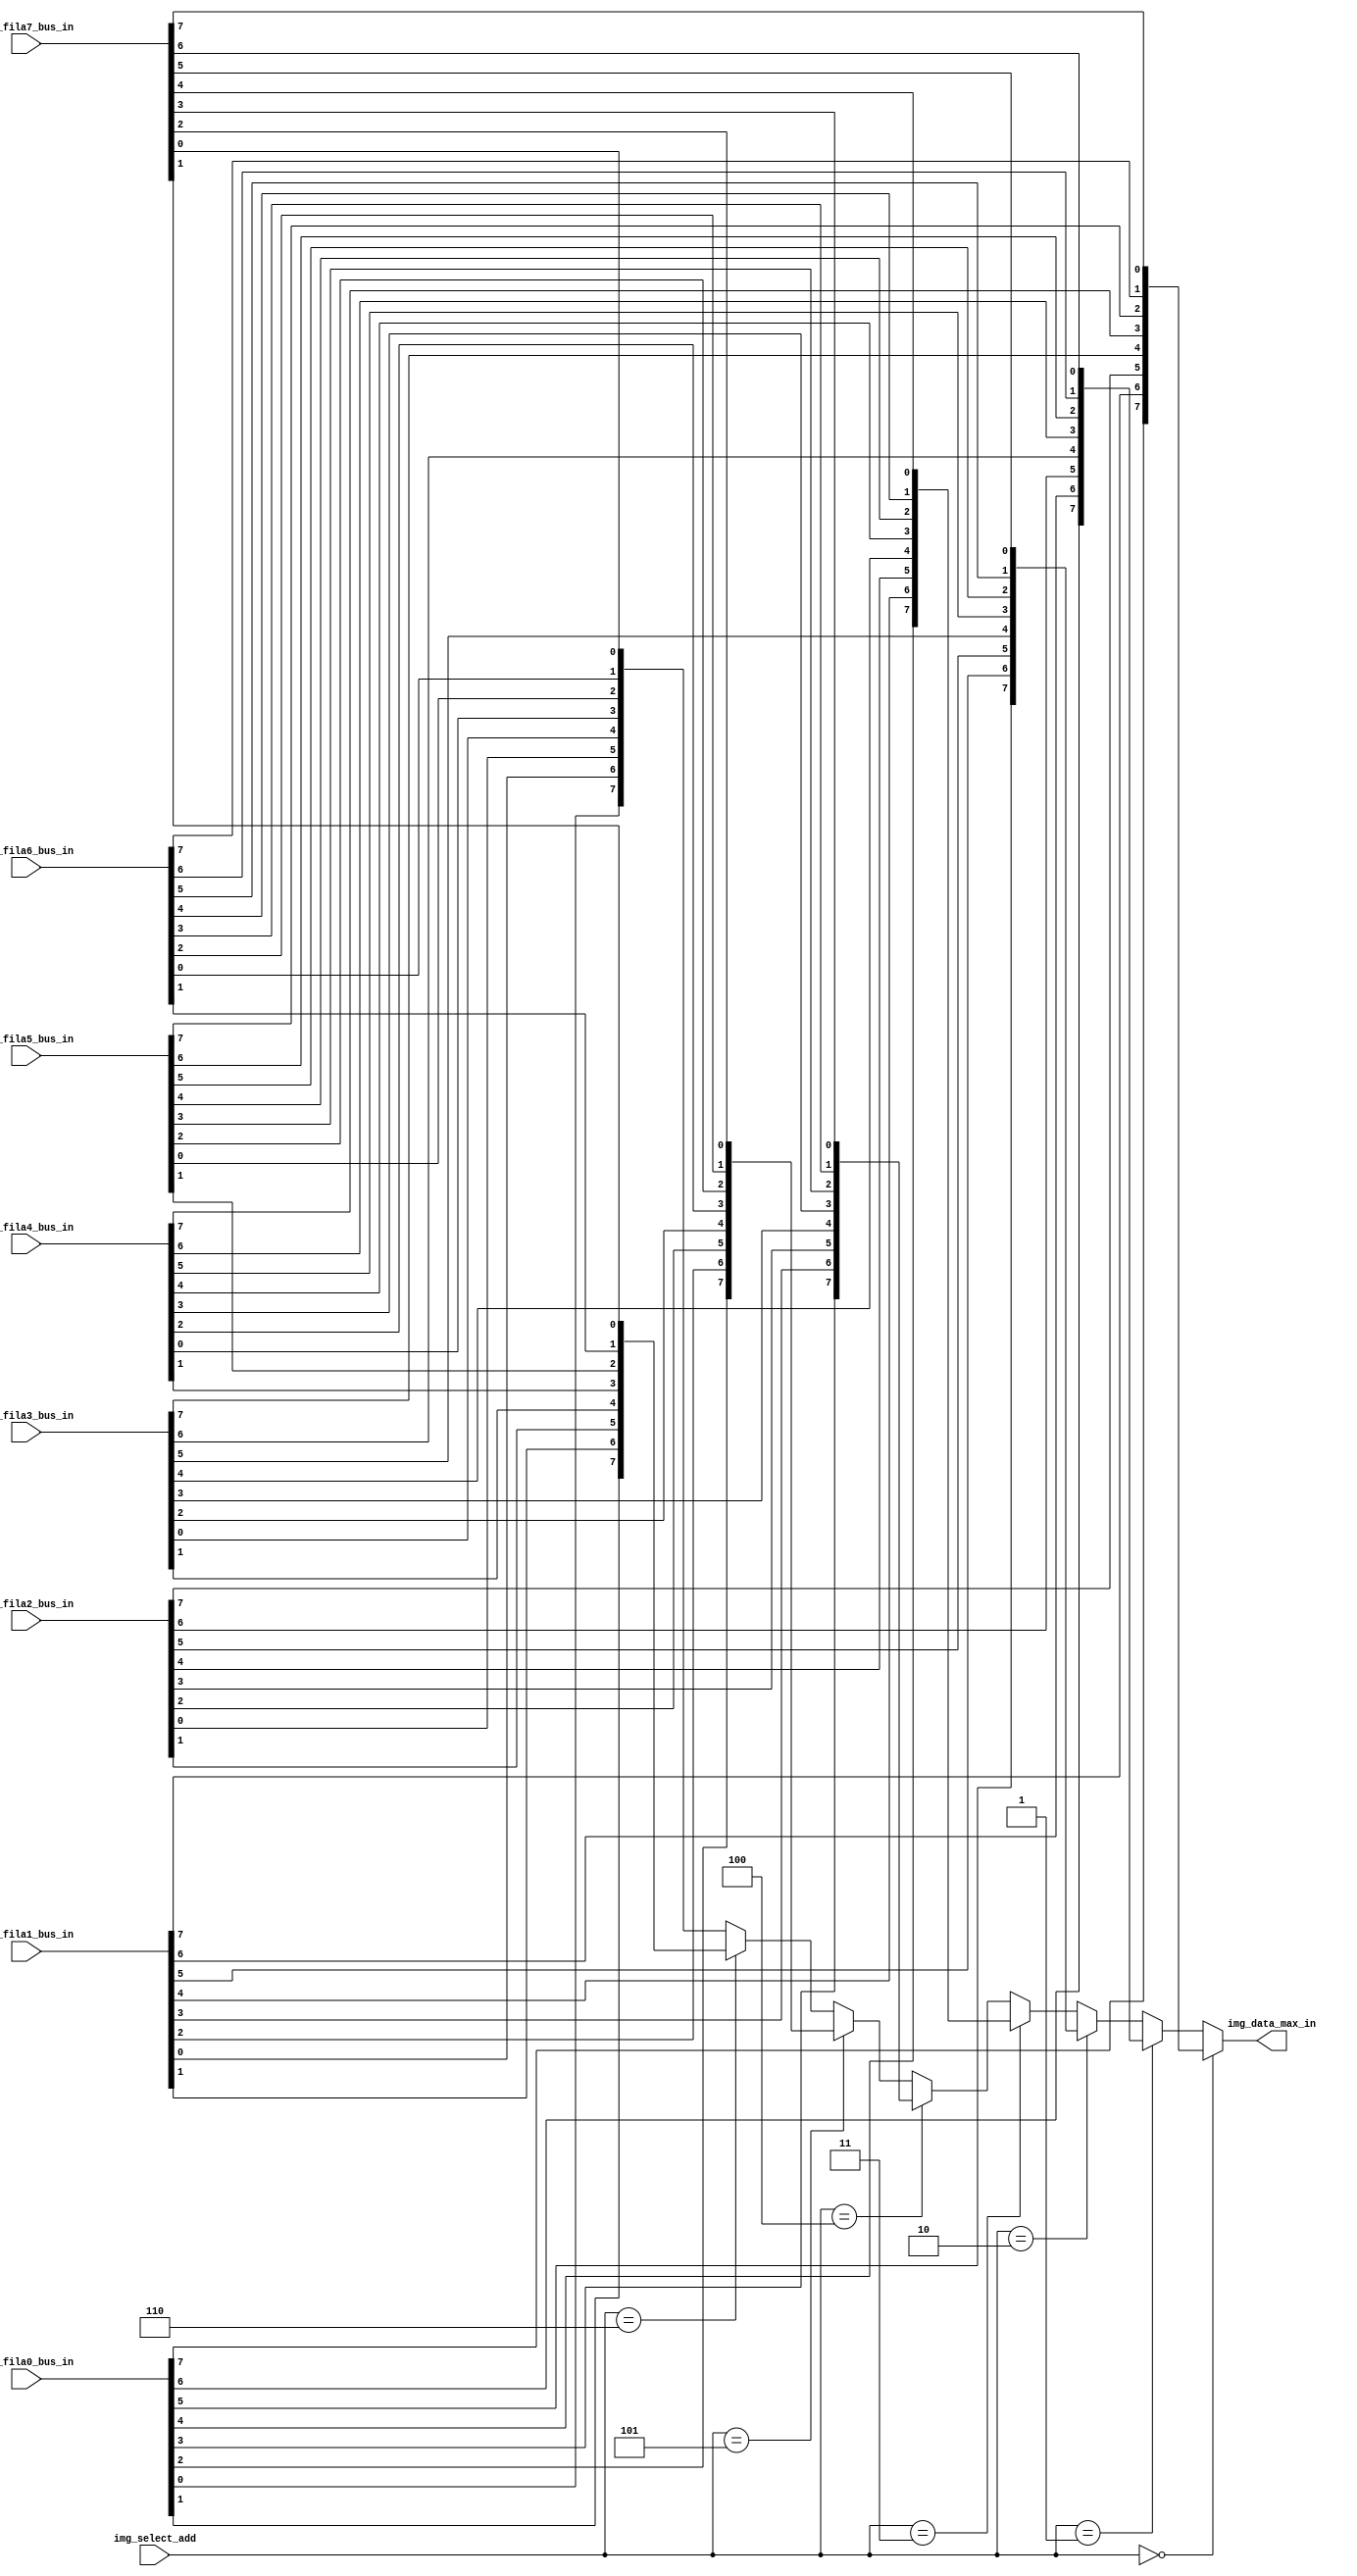
/*
Universidad de los Andes
Departamento Ingeniera Elctrica y Electrnica
Arquitectura y Diseo de Sistemas Digitales

Mdulo imagen FPGA - Max7219

Autor:Jos Francisco Molano Pulido (jf.molano1587@uniandes.edu.co)
*/

//=======================================================
//  MODULE Definition
//=======================================================
module IMAGEN
(
	img_select_add,
	
	img_fila7_bus_in,
	img_fila6_bus_in,
	img_fila5_bus_in,
	img_fila4_bus_in,
	img_fila3_bus_in,
	img_fila2_bus_in,
	img_fila1_bus_in,
	img_fila0_bus_in,
	
	img_data_max_in
);

//=======================================================
//  PARAMETER declarations
//=======================================================

//=======================================================
//  PORT declarations
//=======================================================

input [7:0]	img_fila7_bus_in;
input	[7:0] img_fila6_bus_in;
input	[7:0] img_fila5_bus_in;
input	[7:0] img_fila4_bus_in;
input	[7:0] img_fila3_bus_in;
input	[7:0] img_fila2_bus_in;
input	[7:0] img_fila1_bus_in;
input	[7:0] img_fila0_bus_in;

input wire [2:0] img_select_add;
output wire [7:0] img_data_max_in;

//=======================================================
//  REG/WIRE declarations
//=======================================================

//=======================================================
//  Structural coding
//=======================================================
																  
assign img_data_max_in = (img_select_add==3'b000)?{img_fila0_bus_in[7],img_fila1_bus_in[7],img_fila2_bus_in[7],img_fila3_bus_in[7],img_fila4_bus_in[7],img_fila5_bus_in[7],img_fila6_bus_in[7],img_fila7_bus_in[7]}:
					          (img_select_add==3'b001)?{img_fila0_bus_in[6],img_fila1_bus_in[6],img_fila2_bus_in[6],img_fila3_bus_in[6],img_fila4_bus_in[6],img_fila5_bus_in[6],img_fila6_bus_in[6],img_fila7_bus_in[6]}:
					          (img_select_add==3'b010)?{img_fila0_bus_in[5],img_fila1_bus_in[5],img_fila2_bus_in[5],img_fila3_bus_in[5],img_fila4_bus_in[5],img_fila5_bus_in[5],img_fila6_bus_in[5],img_fila7_bus_in[5]}:
					          (img_select_add==3'b011)?{img_fila0_bus_in[4],img_fila1_bus_in[4],img_fila2_bus_in[4],img_fila3_bus_in[4],img_fila4_bus_in[4],img_fila5_bus_in[4],img_fila6_bus_in[4],img_fila7_bus_in[4]}:
					          (img_select_add==3'b100)?{img_fila0_bus_in[3],img_fila1_bus_in[3],img_fila2_bus_in[3],img_fila3_bus_in[3],img_fila4_bus_in[3],img_fila5_bus_in[3],img_fila6_bus_in[3],img_fila7_bus_in[3]}:
					          (img_select_add==3'b101)?{img_fila0_bus_in[2],img_fila1_bus_in[2],img_fila2_bus_in[2],img_fila3_bus_in[2],img_fila4_bus_in[2],img_fila5_bus_in[2],img_fila6_bus_in[2],img_fila7_bus_in[2]}:
					          (img_select_add==3'b110)?{img_fila0_bus_in[1],img_fila1_bus_in[1],img_fila2_bus_in[1],img_fila3_bus_in[1],img_fila4_bus_in[1],img_fila5_bus_in[1],img_fila6_bus_in[1],img_fila7_bus_in[1]}:
																  {img_fila0_bus_in[0],img_fila1_bus_in[0],img_fila2_bus_in[0],img_fila3_bus_in[0],img_fila4_bus_in[0],img_fila5_bus_in[0],img_fila6_bus_in[0],img_fila7_bus_in[0]};

endmodule